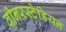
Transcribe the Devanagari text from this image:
वीनरस्टेडियन